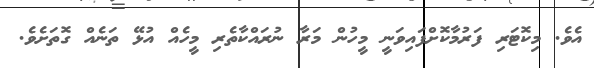
އެވެ. މިކޮޓަރި ފަރުމާކޮށްފައިވަނީ މީހުން މަރާ ނުރައްކާތެރި މީހެއް އުޅޭ ތަނެއް ގޮތަށެވެ.